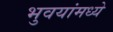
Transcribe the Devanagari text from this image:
भुवयांमध्ये